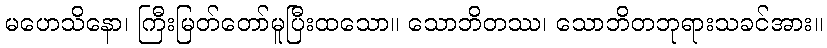
မဟေသိနော၊ ကြီးမြတ်တော်မူပြီးထသော။ သောဘိတဿ၊ သောဘိတဘုရားသခင်အား။